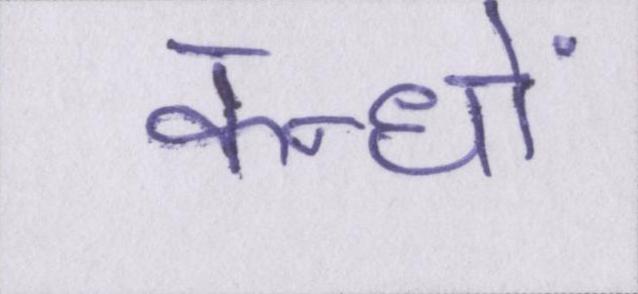
कन्धों